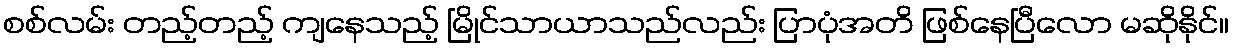
စစ်လမ်း တည့်တည့် ကျနေသည့် မြိုင်သာယာသည်လည်း ပြာပုံအတိ ဖြစ်နေပြီလော မဆိုနိုင်။